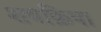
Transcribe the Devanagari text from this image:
शवक्रिया